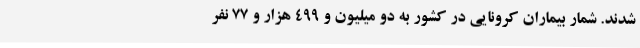
شدند. شمار بیماران کرونایی در کشور به دو میلیون و ۴۹۹ هزار و ۷۷ نفر